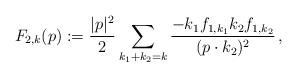
LaTeX: \begin{align*}F_{2,k}(p ):=\frac{{{|p|^2}}}{2}\sum_{k_1+k_2=k}\frac{-k_1 f_{1,k_1} k_2 f_{1,k_2}}{(p\cdot k_2)^2}\,,\end{align*}